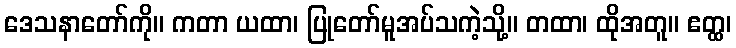
ဒေသနာတော်ကို။ ကတာ ယထာ၊ ပြုတော်မူအပ်သကဲ့သို့။ တထာ၊ ထိုအတူ။ ဧတ္ထ၊